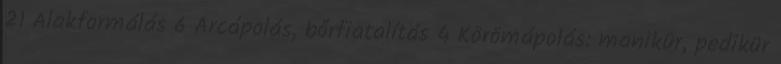
21 Alakformálás 6 Arcápolás, bőrfiatalítás 4 Körömápolás: manikür, pedikür